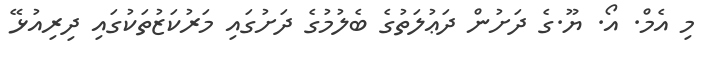
މި އެމް. އޯ. ޔޫ.ގެ ދަށުން ދަޢުލަތުގެ ބެލުމުގެ ދަށުގައި މަރުކަޒުތަކުގައި ދިރިއުޅޭ